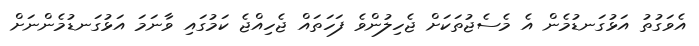
އެވަގުތު އަޅުގަނޑުމެން އެ މެސެޖުތަކަށް ޖެހިލުންވެ ފަހަތައް ޖެހިއްޖެ ކަމުގައި ވާނަމަ އަޅުގަނޑުމެންނަށް